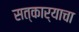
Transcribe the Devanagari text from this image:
सत्कार्याचा